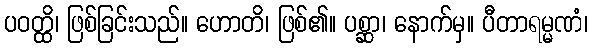
ပဝတ္ထိ၊ ဖြစ်ခြင်းသည်။ ဟောတိ၊ ဖြစ်၏။ ပစ္ဆာ၊ နောက်မှ။ ပီတာရမ္မဏံ၊